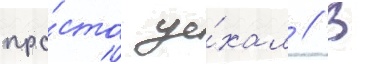
про́сто уе́хал // В